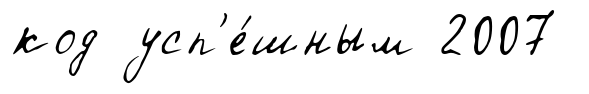
код усп'е́шным 2007